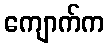
ကျောက်က